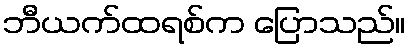
ဘီယက်ထရစ်က ပြောသည်။